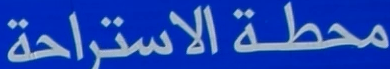
محطة الاستراحة